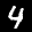
Label: 4